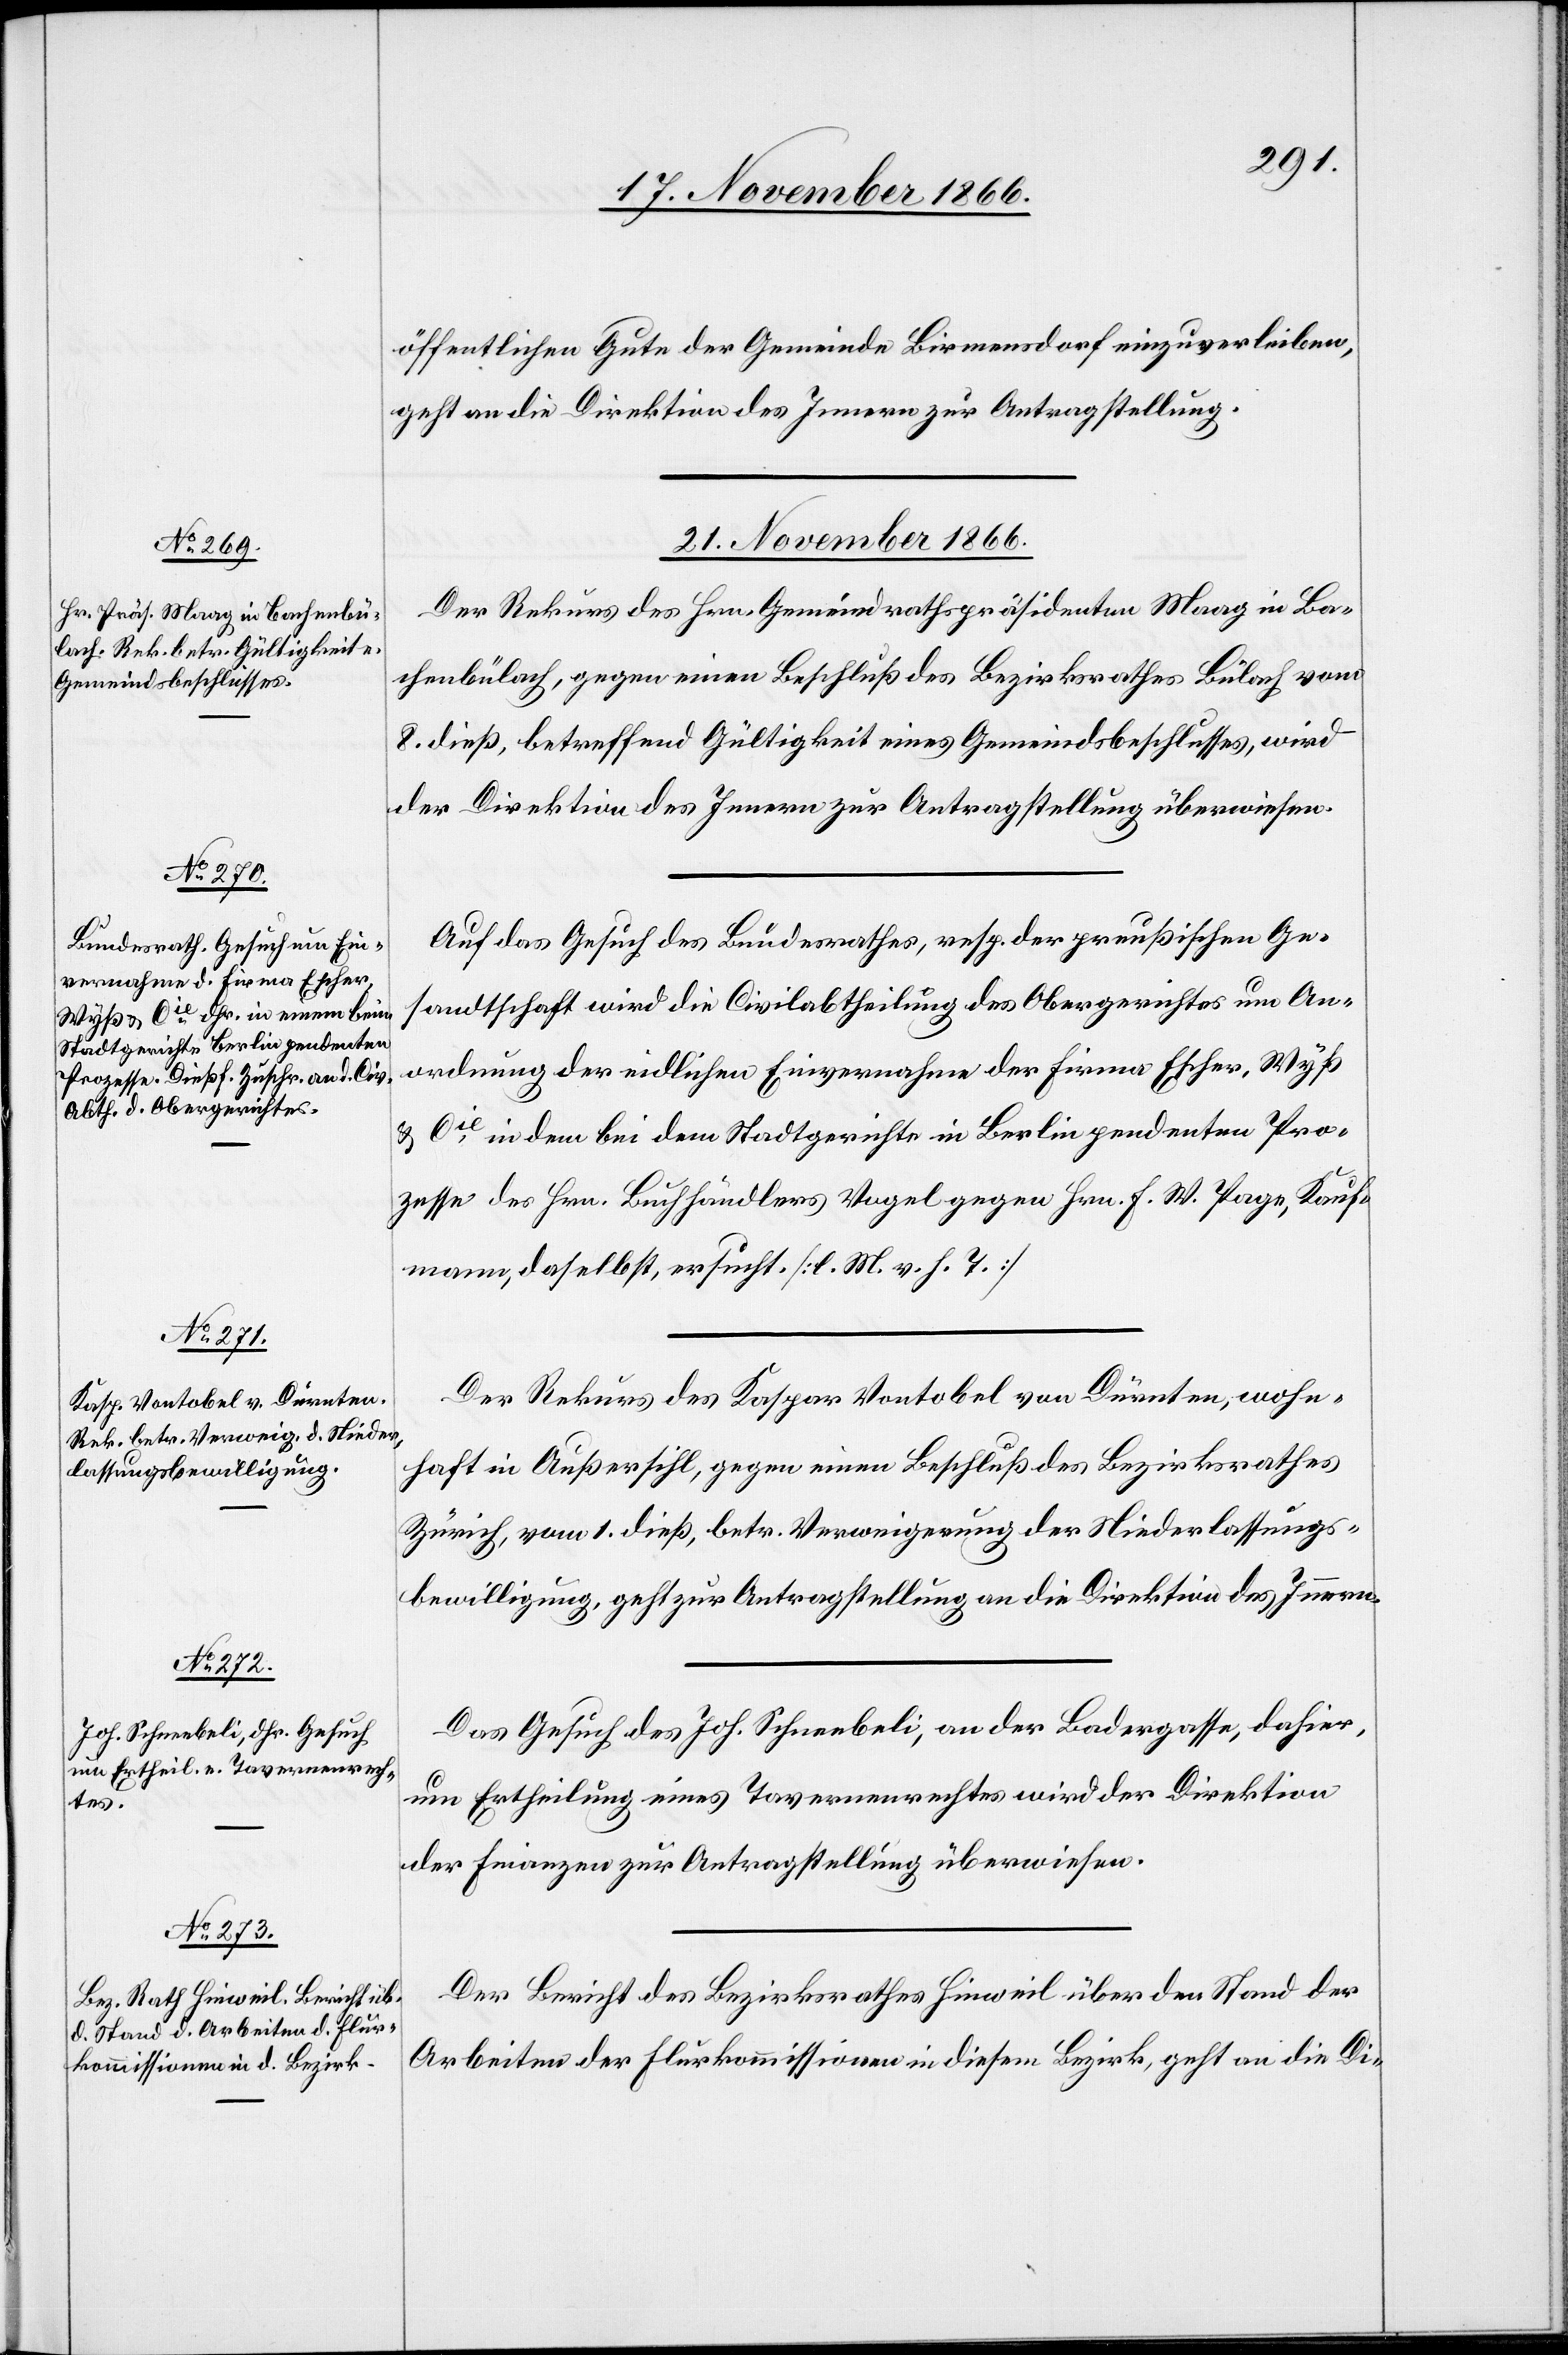
öffentlichen Gute der Gemeinde Birmensdorf einzuverleiben,
geht an die Direktion des Innern zur Antragstellung.
21. November 1866.]
Der Rekurs des Hrn. Gemeindrathspräsidenten Maag in Ba¬
chenbülach, gegen einen Beschluß des Bezirksrathes Bülach vom
8. dieß, betreffend Gültigkeit eines Gemeindsbeschlusses, wird
der Direktion des Innern zur Antragstellung überwiesen.
Auf das Gesuch des Bundesrathes, resp. der preußischen Ge¬
sandtschaft wird die Civilabtheilung des Obergerichtes um An¬
ordnung der eidlichen Einvernahme der Firma Escher, Wyß
& Cie. in dem bei dem Stadtgerichte in Berlin pendenten Pro¬
zesse des Hrn. Buchhändlers Vogel gegen Hrn. F. W. Page, Kauf¬
mann, daselbst, ersucht. [l. M. v. h. T.]
Der Rekurs des Kaspar Vontobel von Dürnten, wohn¬
haft in Außersihl, gegen einen Beschluß des Bezirksrathes
Zürich, vom 1. dieß, betr. Verweigerung der Niederlassungs¬
bewilligung, geht zur Antragstellung an die Direktion des Innern.
Das Gesuch des Joh. Schneebeli, an der Badergasse, dahier,
um Ertheilung eines Tavernenrechtes wird der Direktion
der Finanzen zur Antragstellung überwiesen.
Der Bericht des Bezirksrathes Hinweil über den Stand der
Arbeiten der Flurkommissionen in diesem Bezirk, geht an die Di-